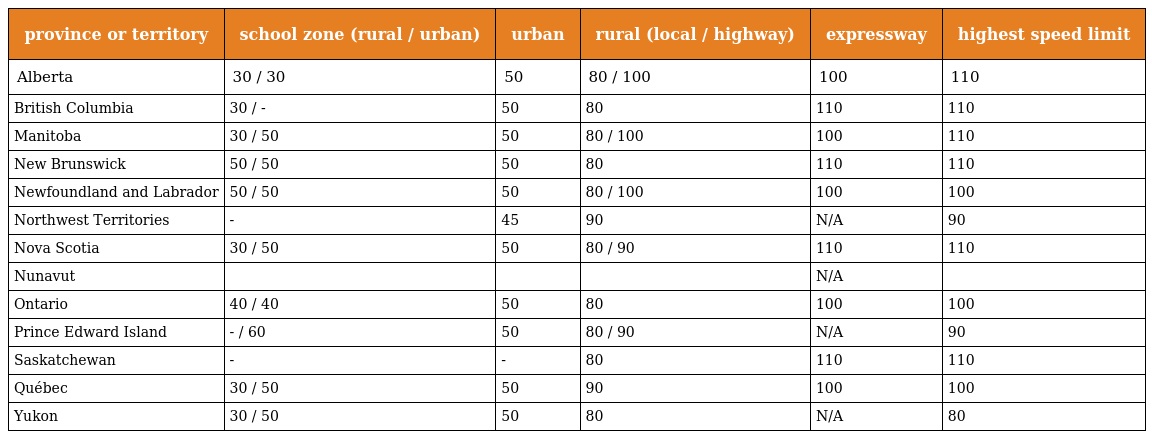
| province or territory | school zone (rural / urban) | urban | rural (local / highway) | expressway | highest speed limit |
 | --- | --- | --- | --- | --- | --- |
 | Alberta | 30 / 30 | 50 | 80 / 100 | 100 | 110 |
 | British Columbia | 30 / - | 50 | 80 | 110 | 110 |
 | Manitoba | 30 / 50 | 50 | 80 / 100 | 100 | 110 |
 | New Brunswick | 50 / 50 | 50 | 80 | 110 | 110 |
 | Newfoundland and Labrador | 50 / 50 | 50 | 80 / 100 | 100 | 100 |
 | Northwest Territories | - | 45 | 90 | N/A | 90 |
 | Nova Scotia | 30 / 50 | 50 | 80 / 90 | 110 | 110 |
 | Nunavut |  |  |  | N/A |  |
 | Ontario | 40 / 40 | 50 | 80 | 100 | 100 |
 | Prince Edward Island | - / 60 | 50 | 80 / 90 | N/A | 90 |
 | Saskatchewan | - | - | 80 | 110 | 110 |
 | Québec | 30 / 50 | 50 | 90 | 100 | 100 |
 | Yukon | 30 / 50 | 50 | 80 | N/A | 80 |